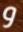
و